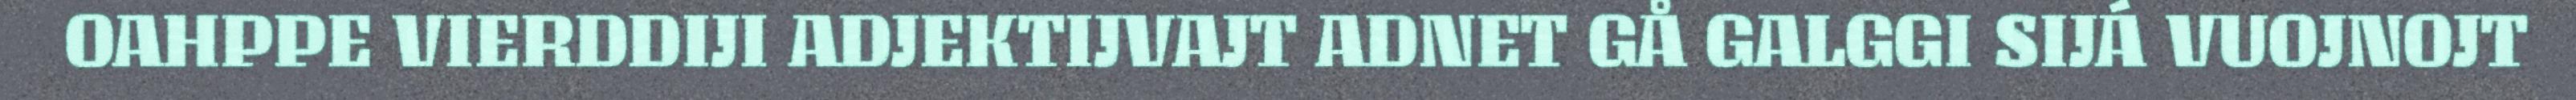
OAHPPE VIERDDIJI ADJEKTIJVAJT ADNET GÅ GALGGI SIJÁ VUOJNOJT